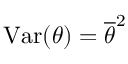
\mathrm { V a r } ( \theta ) = \overline { { \theta } } ^ { 2 }